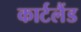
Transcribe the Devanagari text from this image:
कार्टलैंड